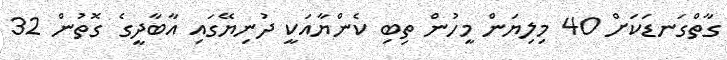
ގާތްގަނޑަކަށް 40 މިލިޔަން މީހުން ތިބި ކެންޔާއަކީ ދުނިޔޭގައި އާބާދީގެ ގޮތުން 32